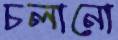
চলানো